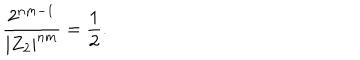
LaTeX: \frac { 2 ^ { n m - 1 } } { | Z _ { 2 } | ^ { n m } } = \frac { 1 } { 2 } .